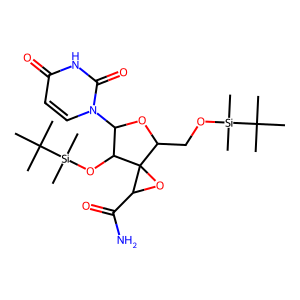
SMILES: CC(C)(C)[Si](C)(C)OCC1OC(n2ccc(=O)[nH]c2=O)C(O[Si](C)(C)C(C)(C)C)C12OC2C(N)=O
Inhibits HIV replication: No